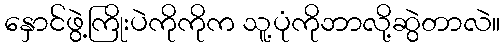
နှောင်ဖွဲ့ကြိုးပဲကိုကိုက သူ့ပုံကိုဘာလို့ဆွဲတာလဲ။